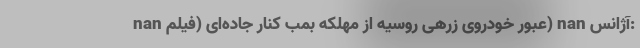
nan عبور خودروی زرهی روسیه از مهلکه بمب کنار جاده‌ای (فیلم) nan آژانس: